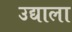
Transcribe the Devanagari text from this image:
उद्याला